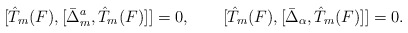
\begin{align*}[ \hat{T}_m(F), [ \bar{\Delta}_m^a, \hat{T}_m(F) ] ] = 0,\qquad[ \hat{T}_m(F), [ \bar{\Delta}_\alpha, \hat{T}_m(F) ] ] = 0.\end{align*}